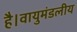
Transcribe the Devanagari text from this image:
है।वायुमंडलीय